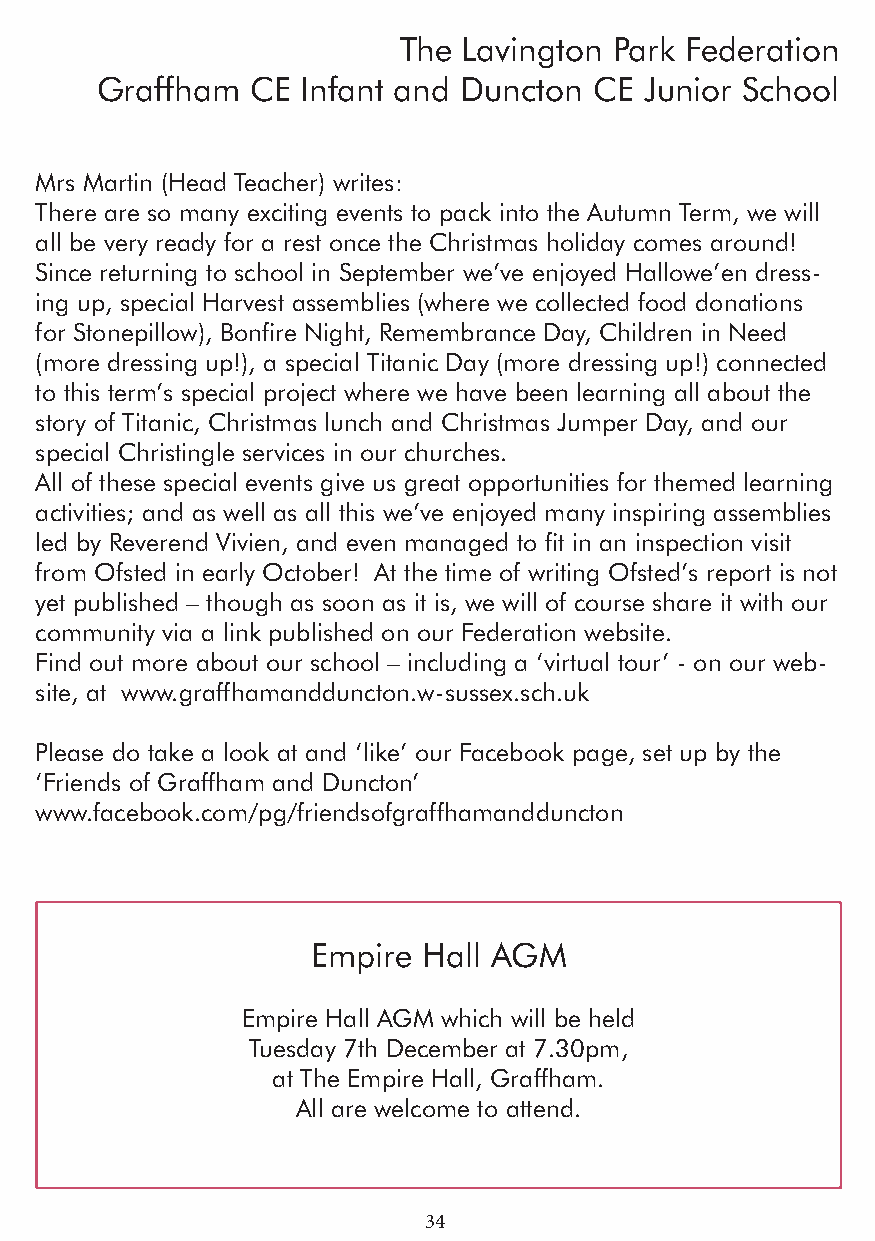
The  Lavington Park Federation
 Graffham   CE Infant and Duncton CE  Junior School
 Mrs Martin (Head Teacher) writes:
 There are so many exciting events to pack into the Autumn Term, we will
 all be very ready for a rest once the Christmas holiday comes around!
 Since returning to school in September we’ve enjoyed Hallowe’en dress-
 ing up, special Harvest assemblies (where we collected food donations
 for Stonepillow), Bonfire Night, Remembrance Day, Children in Need
 (more dressing up!), a special Titanic Day (more dressing up!) connected
 to this term’s special project where we have been learning all about the
 story of Titanic, Christmas lunch and Christmas Jumper Day, and our
 special Christingle services in our churches.
 All of these special events give us great opportunities for themed learning
 activities; and as well as all this we’ve enjoyed many inspiring assemblies
 led by Reverend Vivien, and even managed to fit in an inspection visit
 from Ofsted in early October! At the time of writing Ofsted’s report is not
 yet published – though as soon as it is, we will of course share it with our
 community via a link published on our Federation website.
 Find out more about our school – including a ‘virtual tour’ - on our web-
 site, at www.graffhamandduncton.w-sussex.sch.uk
 Please do take a look at and ‘like’ our Facebook page, set up by the
 ‘Friends of Graffham and Duncton’
 www.facebook.com/pg/friendsofgraffhamandduncton
 Empire Hall AGM
 Empire Hall AGM which will be held
 Tuesday 7th December at 7.30pm,
 at The Empire Hall, Graffham.
 All are welcome to attend.
 34